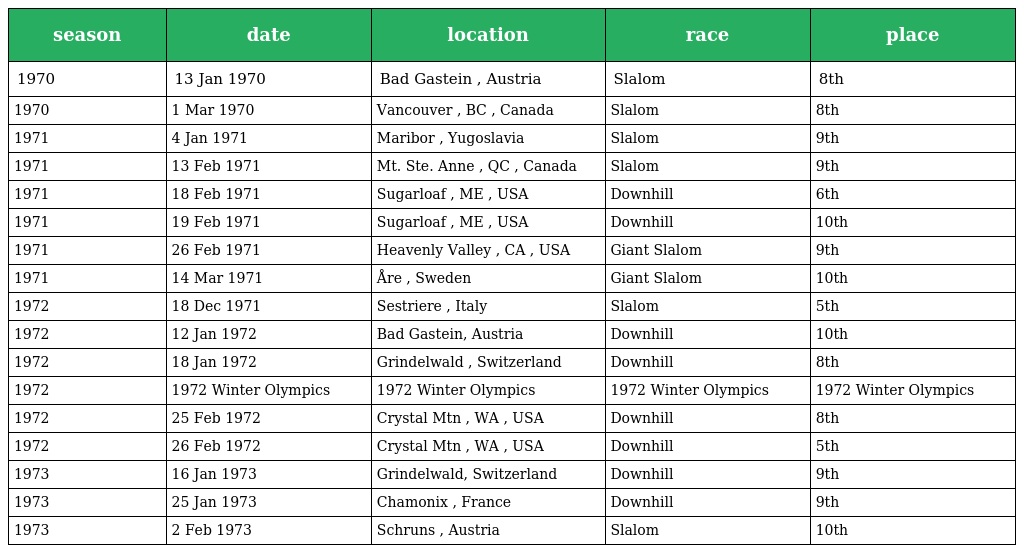
| season | date | location | race | place |
 | --- | --- | --- | --- | --- |
 | 1970 | 13 Jan 1970 | Bad Gastein , Austria | Slalom | 8th |
 | 1970 | 1 Mar 1970 | Vancouver , BC , Canada | Slalom | 8th |
 | 1971 | 4 Jan 1971 | Maribor , Yugoslavia | Slalom | 9th |
 | 1971 | 13 Feb 1971 | Mt. Ste. Anne , QC , Canada | Slalom | 9th |
 | 1971 | 18 Feb 1971 | Sugarloaf , ME , USA | Downhill | 6th |
 | 1971 | 19 Feb 1971 | Sugarloaf , ME , USA | Downhill | 10th |
 | 1971 | 26 Feb 1971 | Heavenly Valley , CA , USA | Giant Slalom | 9th |
 | 1971 | 14 Mar 1971 | Åre , Sweden | Giant Slalom | 10th |
 | 1972 | 18 Dec 1971 | Sestriere , Italy | Slalom | 5th |
 | 1972 | 12 Jan 1972 | Bad Gastein, Austria | Downhill | 10th |
 | 1972 | 18 Jan 1972 | Grindelwald , Switzerland | Downhill | 8th |
 | 1972 | 1972 Winter Olympics | 1972 Winter Olympics | 1972 Winter Olympics | 1972 Winter Olympics |
 | 1972 | 25 Feb 1972 | Crystal Mtn , WA , USA | Downhill | 8th |
 | 1972 | 26 Feb 1972 | Crystal Mtn , WA , USA | Downhill | 5th |
 | 1973 | 16 Jan 1973 | Grindelwald, Switzerland | Downhill | 9th |
 | 1973 | 25 Jan 1973 | Chamonix , France | Downhill | 9th |
 | 1973 | 2 Feb 1973 | Schruns , Austria | Slalom | 10th |